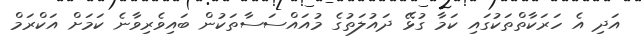
އަދި އެ ހަރަކާތްތަކުގައި ކަމާ ގުޅޭ ދައުލަތުގެ މުއައްސަސާތަކުން ބައިވެރިވާނެ ކަމަށް އަކްރަމް